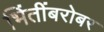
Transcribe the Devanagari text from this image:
भिंतींबरोबर